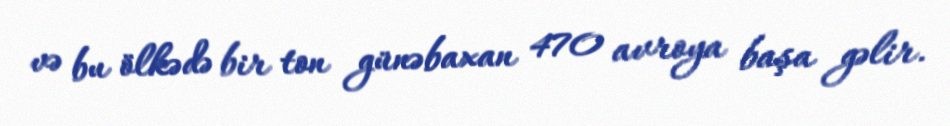
və bu ölkədə bir ton günəbaxan 470 avroya başa gəlir.